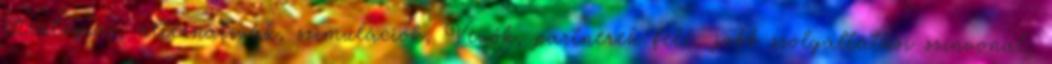
Stratégiai: alternatívák, szimulációk, Vevők, partnerek felé: jobb szolgáltatási színvonal,